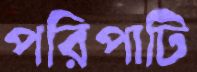
পরিপাটি